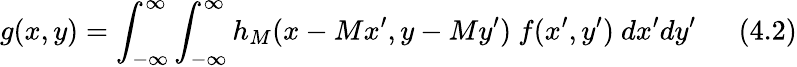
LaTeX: g(x,y)=\int_{-\infty}^{\infty}\int_{-\infty}^{\infty}h_{M}(x-Mx^{\prime},y-My^{\prime})~f(x^{\prime},y^{\prime})~dx^{\prime}dy^{\prime}~~~~~~(4.2)